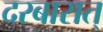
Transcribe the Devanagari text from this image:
दरबारात्